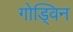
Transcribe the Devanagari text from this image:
गोड्विन